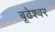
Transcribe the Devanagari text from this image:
बूढेश्वर